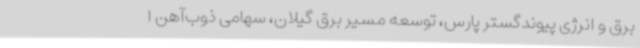
برق و انرژی پیوندگستر پارس، توسعه مسیر برق گیلان، سهامی ذوب‌آهن ا